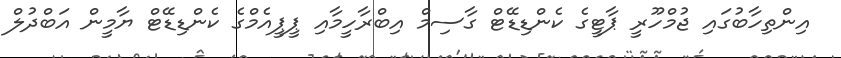
އިންތިހާބުގައި ޖުމްހޫރީ ޕާޓީގެ ކެންޑިޑޭޓް ގާސިމް އިބްރާހީމާއި ޕީޕީއެމްގެ ކެންޑިޑޭޓް ޔާމީން އަބްދުލް